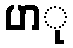
ပာု